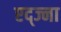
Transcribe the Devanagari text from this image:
एद्ज्ना